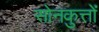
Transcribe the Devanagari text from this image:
सोनकुत्तों